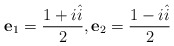
\begin{align*} \textbf{e}_1 =\frac{1+i\hat{i}}{2},\textbf{e}_2 =\frac{1-i\hat{i}}{2} \end{align*}